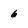
Character: 6